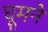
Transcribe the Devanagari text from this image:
घूमनें